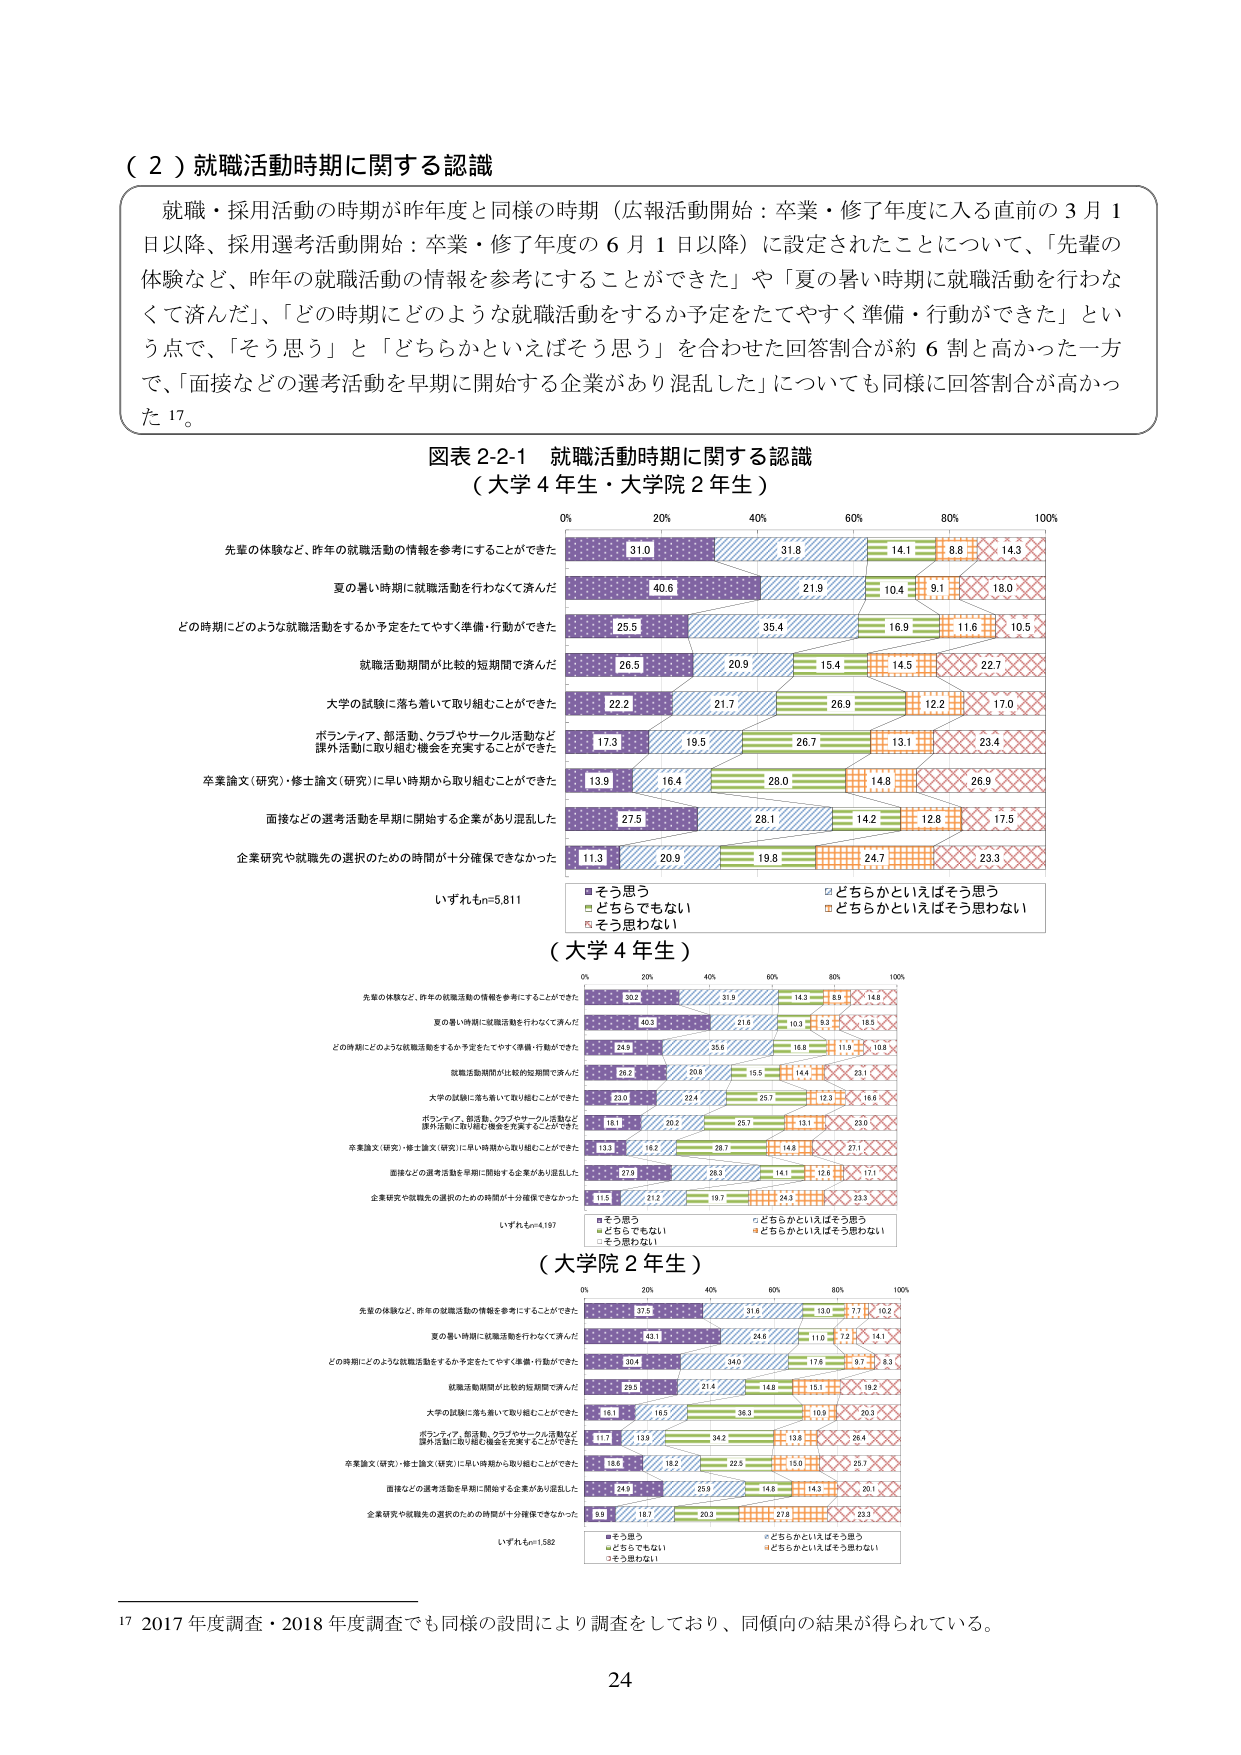
（２）就職活動時期に関する認識

就職・採用活動の時期が昨年度と同様の時期（広報活動開始：卒業・修了年度に入る直前の３月１日以降、採用選考活動開始：卒業・修了年度の６月１日以降）に設定されたことについて、「先輩の体験など、昨年の就職活動の情報を参考にすることができた」や「夏の暑い時期に就職活動を行わなくて済んだ」、「どの時期にどのような就職活動をするか予定をたてやすく準備・行動ができた」という点で、「そう思う」と「どちらかといえばそう思う」を合わせた回答割合が約６割と高かった一方で、「面接などの選考活動を早期に開始する企業があり混乱した」についても同様に回答割合が高かった17。

図表2-2-1 就職活動時期に関する認識
（大学4年生・大学院2年生）

先輩の体験など、昨年の就職活動の情報を参考にすることができた
31.0 31.8 14.1 8.8 14.3

夏の暑い時期に就職活動を行わなくて済んだ
40.6 21.9 10.4 9.1 18.0

どの時期にどのような就職活動をするか予定をたてやすく準備・行動ができた
25.5 35.4 16.9 11.6 10.5

就職活動期間が比較的短期間で済んだ
26.5 20.9 15.4 14.5 22.7

大学の試験に落ち着いて取り組むことができた
22.2 21.7 26.9 12.2 17.0

ボランティア、部活動、クラブやサークル活動など課外活動に取り組む機会を充実することができた
17.3 19.5 26.7 13.1 23.4

卒業論文（研究）・修士論文（研究）に早い時期から取り組むことができた
13.9 16.4 28.0 14.8 26.9

面接などの選考活動を早期に開始する企業があり混乱した
27.5 28.1 14.2 12.8 17.5

企業研究や就職先の選択のための時間が十分確保できなかった
11.3 20.9 19.8 24.7 23.3

いずれもn=5,811

■そう思う
□どちらかといえばそう思う
■どちらでもない
□どちらかといえばそう思わない
■そう思わない

（大学4年生）

先輩の体験など、昨年の就職活動の情報を参考にすることができた
30.2 31.9 14.3 8.9 14.8

夏の暑い時期に就職活動を行わなくて済んだ
40.1 21.6 10.3 9.2 18.9

どの時期にどのような就職活動をするか予定をたてやすく準備・行動ができた
24.9 35.6 16.8 11.9 10.8

就職活動期間が比較的短期間で済んだ
26.2 20.8 15.5 14.4 23.1

大学の試験に落ち着いて取り組むことができた
23.0 22.4 25.7 12.3 16.6

ボランティア、部活動、クラブやサークル活動など課外活動に取り組む機会を充実することができた
18.1 20.2 25.7 13.1 23.0

卒業論文（研究）・修士論文（研究）に早い時期から取り組むことができた
13.3 16.2 28.7 14.8 27.1

面接などの選考活動を早期に開始する企業があり混乱した
27.8 28.3 14.1 12.8 17.1

企業研究や就職先の選択のための時間が十分確保できなかった
11.5 21.2 19.7 24.3 23.3

いずれもn=4,197

■そう思う
□どちらかといえばそう思う
■どちらでもない
□どちらかといえばそう思わない
■そう思わない

（大学院2年生）

先輩の体験など、昨年の就職活動の情報を参考にすることができた
37.5 31.6 13.0 7.1 10.2

夏の暑い時期に就職活動を行わなくて済んだ
43.1 24.6 11.0 7.2 14.1

どの時期にどのような就職活動をするか予定をたてやすく準備・行動ができた
30.4 34.0 17.6 9.7 8.3

就職活動期間が比較的短期間で済んだ
29.5 21.4 14.8 15.1 19.2

大学の試験に落ち着いて取り組むことができた
16.1 16.5 36.3 10.9 20.3

ボランティア、部活動、クラブやサークル活動など課外活動に取り組む機会を充実することができた
11.7 13.9 34.2 12.8 26.4

卒業論文（研究）・修士論文（研究）に早い時期から取り組むことができた
18.6 18.2 22.5 15.0 25.7

面接などの選考活動を早期に開始する企業があり混乱した
24.9 25.9 14.8 14.3 20.1

企業研究や就職先の選択のための時間が十分確保できなかった
9.5 18.7 20.3 27.8 23.3

いずれもn=1,582

■そう思う
□どちらかといえばそう思う
■どちらでもない
□どちらかといえばそう思わない
■そう思わない

17 2017年度調査・2018年度調査でも同様の設問により調査をしており、同傾向の結果が得られている。

24